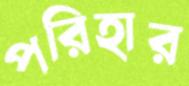
পরিহার